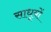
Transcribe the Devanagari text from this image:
साधूयों